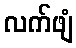
လက်ဖျံ